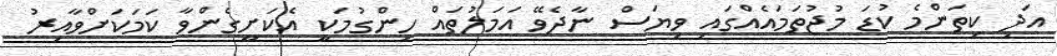
އަދި ކިތަންމެ ކުޑަ މުޖުތަމައެއްގައި ވިޔަސް ނާދެވޭ އަމަލުތައް ހިންގުމަކީ އެކަށީގެންވާ ކަމަކަށްވާއިރު